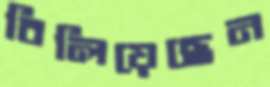
বিলিয়েছেন